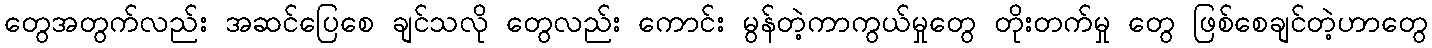
တွေအတွက်လည်း အဆင်ပြေစေ ချင်သလို တွေလည်း ကောင်း မွန်တဲ့ကာကွယ်မှုတွေ တိုးတက်မှု တွေ ဖြစ်စေချင်တဲ့ဟာတွေ